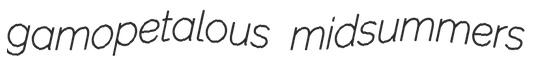
gamopetalous midsummers